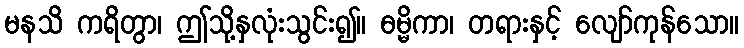
မနသိ ကရိတွာ၊ ဤသို့နှလုံးသွင်း၍။ ဓမ္မိကာ၊ တရားနှင့် လျော်ကုန်သော။